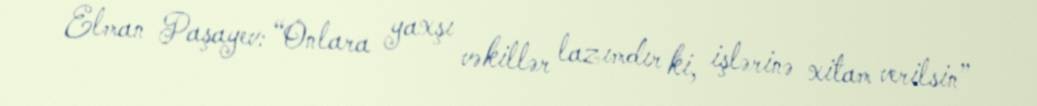
Elman Paşayev: “Onlara yaxşı vəkillər lazımdır ki, işlərinə xitam verilsin”